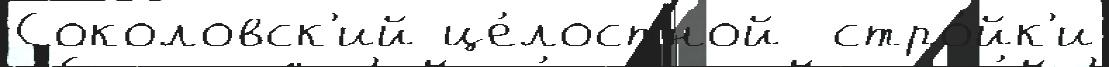
Соколовск'ий це́лостной  стро́йк'и